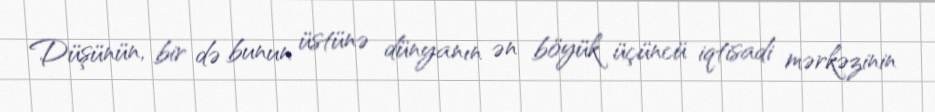
Düşünün, bir də bunun üstünə dünyanın ən böyük üçüncü iqtisadi mərkəzinin